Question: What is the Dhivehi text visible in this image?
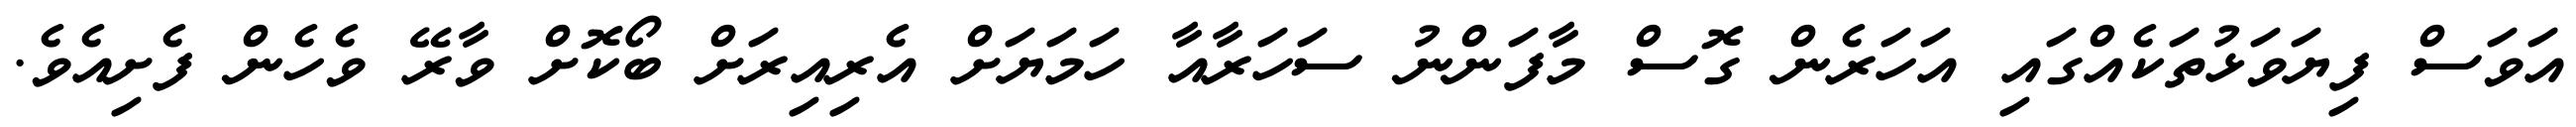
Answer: އަވަސް ފިޔަވަޅުތަކެއްގައި އަހަރެން ގޮސް މާފަންނު ސަހަރާއާ ހަމަޔަށް އެރިއިރަށް ބޯކޮށް ވާރޭ ވެހެން ފެށިއެވެ.